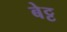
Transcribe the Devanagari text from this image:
बेट्ट